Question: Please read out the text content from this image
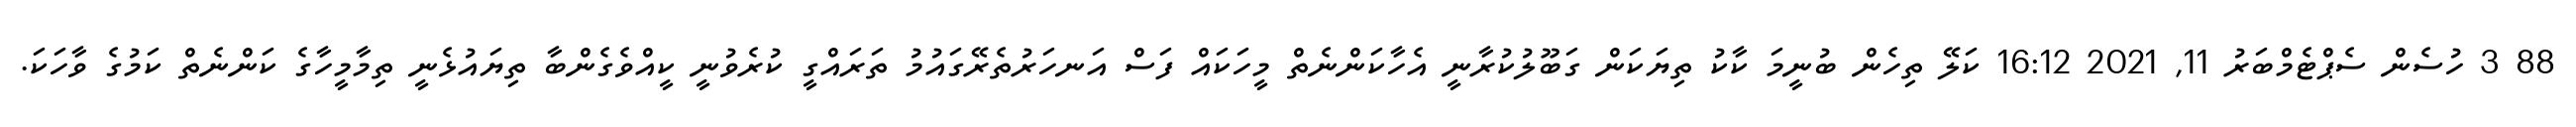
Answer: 88 3 ހުސެން ސެޕްޓެމްބަރު 11, 2021 16:12 ކަލޭ ތިހެން ބުނީމަ ކާކު ތިޔަކަން ގަބޫލުކުރާނީ އެހާކަންނެތް މީހަކައް ފަސް އަނހަރުތެރޭގައުމު ތަރައްގީ ކުރެވުނީ ކީއްވެގެންބާ ތިޔައުޅެނީ ތިމާމީހާގެ ކަންނެތް ކަމުގެ ވާހަކަ.